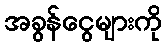
အခွန်ငွေများကို